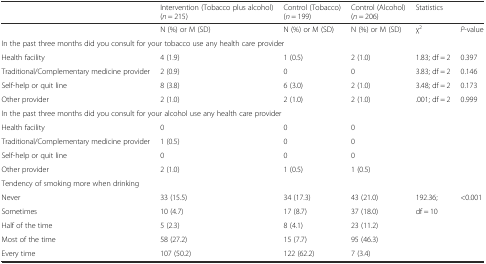
|  | Intervention (Tobacco plus alcohol) (n = 215) | Control (Tobacco) (n = 199) | Control (Alcohol) (n = 206) | Statistics |  |
 | --- | --- | --- | --- | --- | --- |
 |  | N (%) or M (SD) | N (%) or M (SD) | N (%) or M (SD) | χ2 | P-value |
 | <COLSPAN=6> In the past three months did you consult for your tobacco use any health care provider |
 | Health facility | 4 (1.9) | 1 (0.5) | 2 (1.0) | 1.83; df = 2 | 0.397 |
 | Traditional/Complementary medicine provider | 2 (0.9) | 0 | 0 | 3.83; df = 2 | 0.146 |
 | Self-help or quit line | 8 (3.8) | 6 (3.0) | 2 (1.0) | 3.48; df = 2 | 0.173 |
 | Other provider | 2 (1.0) | 2 (1.0) | 2 (1.0) | .001; df = 2 | 0.999 |
 | <COLSPAN=6> In the past three months did you consult for your alcohol use any health care provider |
 | Health facility | 0 | 0 | 0 |  |  |
 | Traditional/Complementary medicine provider | 1 (0.5) | 0 | 0 |  |  |
 | Self-help or quit line | 0 | 0 | 0 |  |  |
 | Other provider | 2 (1.0) | 1 (0.5) | 1 (0.5) |  |  |
 | <COLSPAN=6> Tendency of smoking more when drinking |
 | Never | 33 (15.5) | 34 (17.3) | 43 (21.0) | 192.36; | <0.001 |
 | Sometimes | 10 (4.7) | 17 (8.7) | 37 (18.0) | df = 10 |  |
 | Half of the time | 5 (2.3) | 8 (4.1) | 23 (11.2) |  |  |
 | Most of the time | 58 (27.2) | 15 (7.7) | 95 (46.3) |  |  |
 | Every time | 107 (50.2) | 122 (62.2) | 7 (3.4) |  |  |